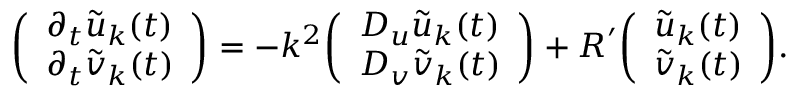
{ \left( \begin{array} { l } { \partial _ { t } { \tilde { u } } _ { \boldsymbol { k } } ( t ) } \\ { \partial _ { t } { \tilde { v } } _ { \boldsymbol { k } } ( t ) } \end{array} \right) } = - k ^ { 2 } { \left( \begin{array} { l } { D _ { u } { \tilde { u } } _ { \boldsymbol { k } } ( t ) } \\ { D _ { v } { \tilde { v } } _ { \boldsymbol { k } } ( t ) } \end{array} \right) } + { \boldsymbol { R } } ^ { \prime } { \left( \begin{array} { l } { { \tilde { u } } _ { \boldsymbol { k } } ( t ) } \\ { { \tilde { v } } _ { \boldsymbol { k } } ( t ) } \end{array} \right) } .